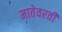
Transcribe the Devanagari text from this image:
मातेवरती